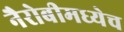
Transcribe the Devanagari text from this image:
नैरोबीमध्येच